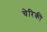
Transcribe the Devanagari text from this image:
चेरिकी